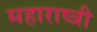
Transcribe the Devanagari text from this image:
महाराष्त्री